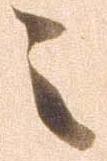
々